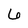
Character: 6